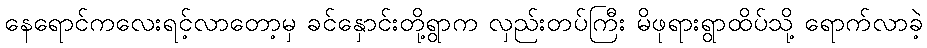
နေရောင်ကလေးရင့်လာတော့မှ ခင်နှောင်းတို့ရွာက လှည်းတပ်ကြီး မိဖုရားရွာထိပ်သို့ ရောက်လာခဲ့